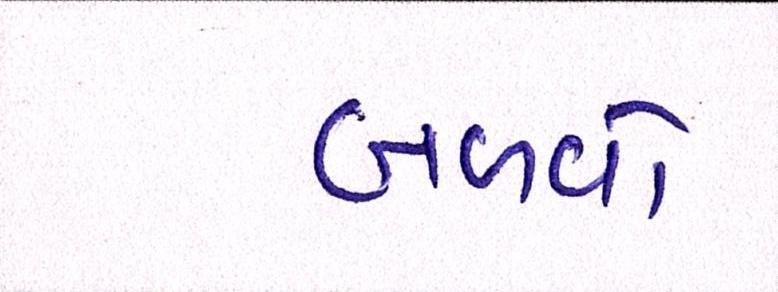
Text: બળવો